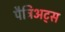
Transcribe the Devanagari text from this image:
पैट्रिअट्स